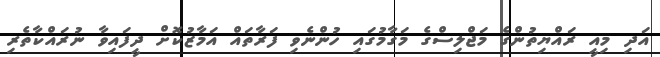
އަދި މިއީ ރައްޔިތުންގެ މަޖްލިސްގެ މަގާމުގައި ހުންނެވި ފަރާތައް އަމާޒުކޮށް ދީފައިވާ ނުރައްކާތެރި